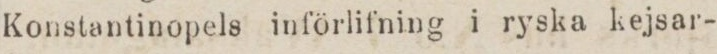
Konstantinopels införlifning i ryska kejsar-